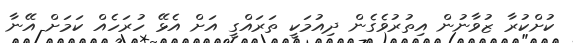
ކުށްކުރާ ޒުވާނުން އިތުރުވެގެން ދިއުމަކީ ތަރައްގީ އަށް އެޅޭ ހުރަހެއް ކަމަށް އޭނާ